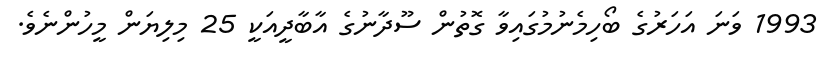
1993 ވަނަ އަހަރުގެ ބޯހިމެނުމުގައިވާ ގޮތުން ސޫދާނުގެ އާބާދީއަކީ 25 މިލިޔަން މީހުންނެވެ.